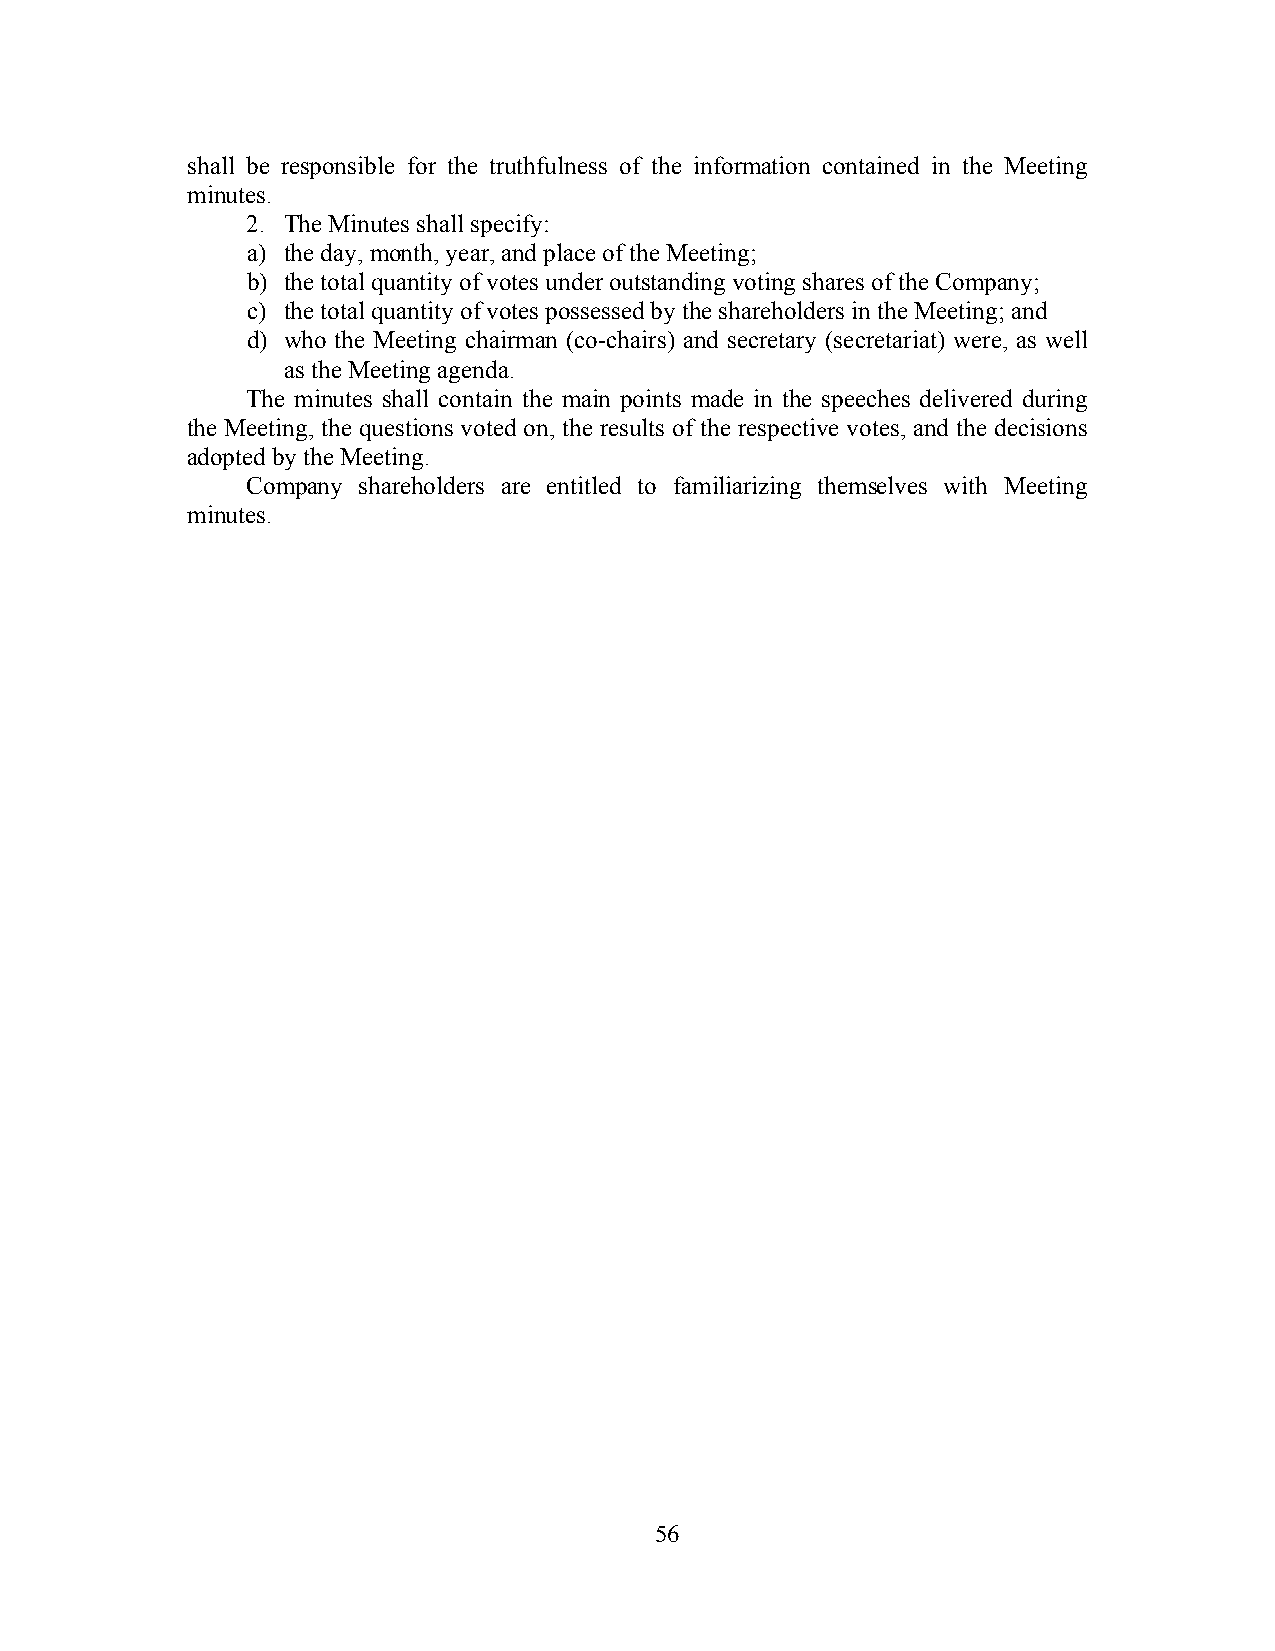
shall be responsible for the truthfulness of the information contained in the Meeting
 minutes.
 2. The Minutes shall specify:
 a) the day, month, year, and place of the Meeting;
 b) the total quantity of votes under outstanding voting shares of the Company;
 c) the total quantity of votes possessed by the shareholders in the Meeting; and
 d) who the Meeting chairman (co-chairs) and secretary (secretariat) were, as well
 as the Meeting agenda.
 The minutes shall contain the main points made in the speeches delivered during
 the Meeting, the questions voted on, the results of the respective votes, and the decisions
 adopted by the Meeting.
 Company shareholders are entitled to familiarizing themselves with Meeting
 minutes.
 56